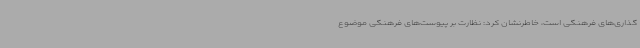
‌گذاری‌های فرهنگی است، خاطرنشان کرد: نظارت بر پیوست‌های فرهنگی موضوع